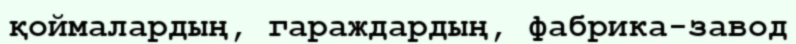
қоймалардың, гараждардың, фабрика-завод